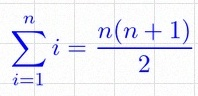
\sum_{i=1}^{n}i=\frac{n(n+1)}2